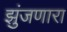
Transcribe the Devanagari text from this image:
झुंजणारा